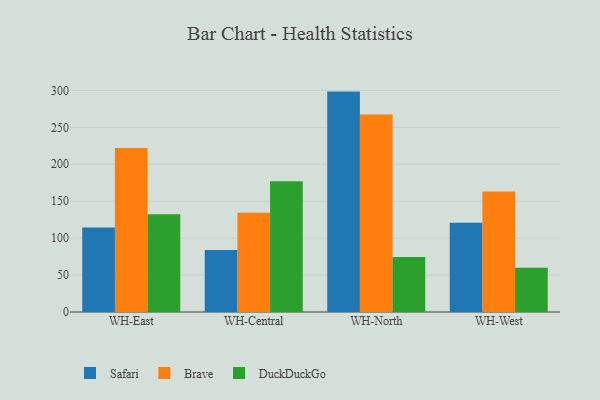
{"axis": {"x": "Warehouse", "y": "Gross Profit (USD K)"}, "legend": ["Brave", "DuckDuckGo", "Safari"], "data": [{"x": "WH-East", "y": 114.4, "type": "Safari"}, {"x": "WH-East", "y": 221.9, "type": "Brave"}, {"x": "WH-East", "y": 132.2, "type": "DuckDuckGo"}, {"x": "WH-Central", "y": 83.8, "type": "Safari"}, {"x": "WH-Central", "y": 134.3, "type": "Brave"}, {"x": "WH-Central", "y": 177.0, "type": "DuckDuckGo"}, {"x": "WH-North", "y": 298.4, "type": "Safari"}, {"x": "WH-North", "y": 267.3, "type": "Brave"}, {"x": "WH-North", "y": 74.3, "type": "DuckDuckGo"}, {"x": "WH-West", "y": 120.9, "type": "Safari"}, {"x": "WH-West", "y": 163.1, "type": "Brave"}, {"x": "WH-West", "y": 59.8, "type": "DuckDuckGo"}]}